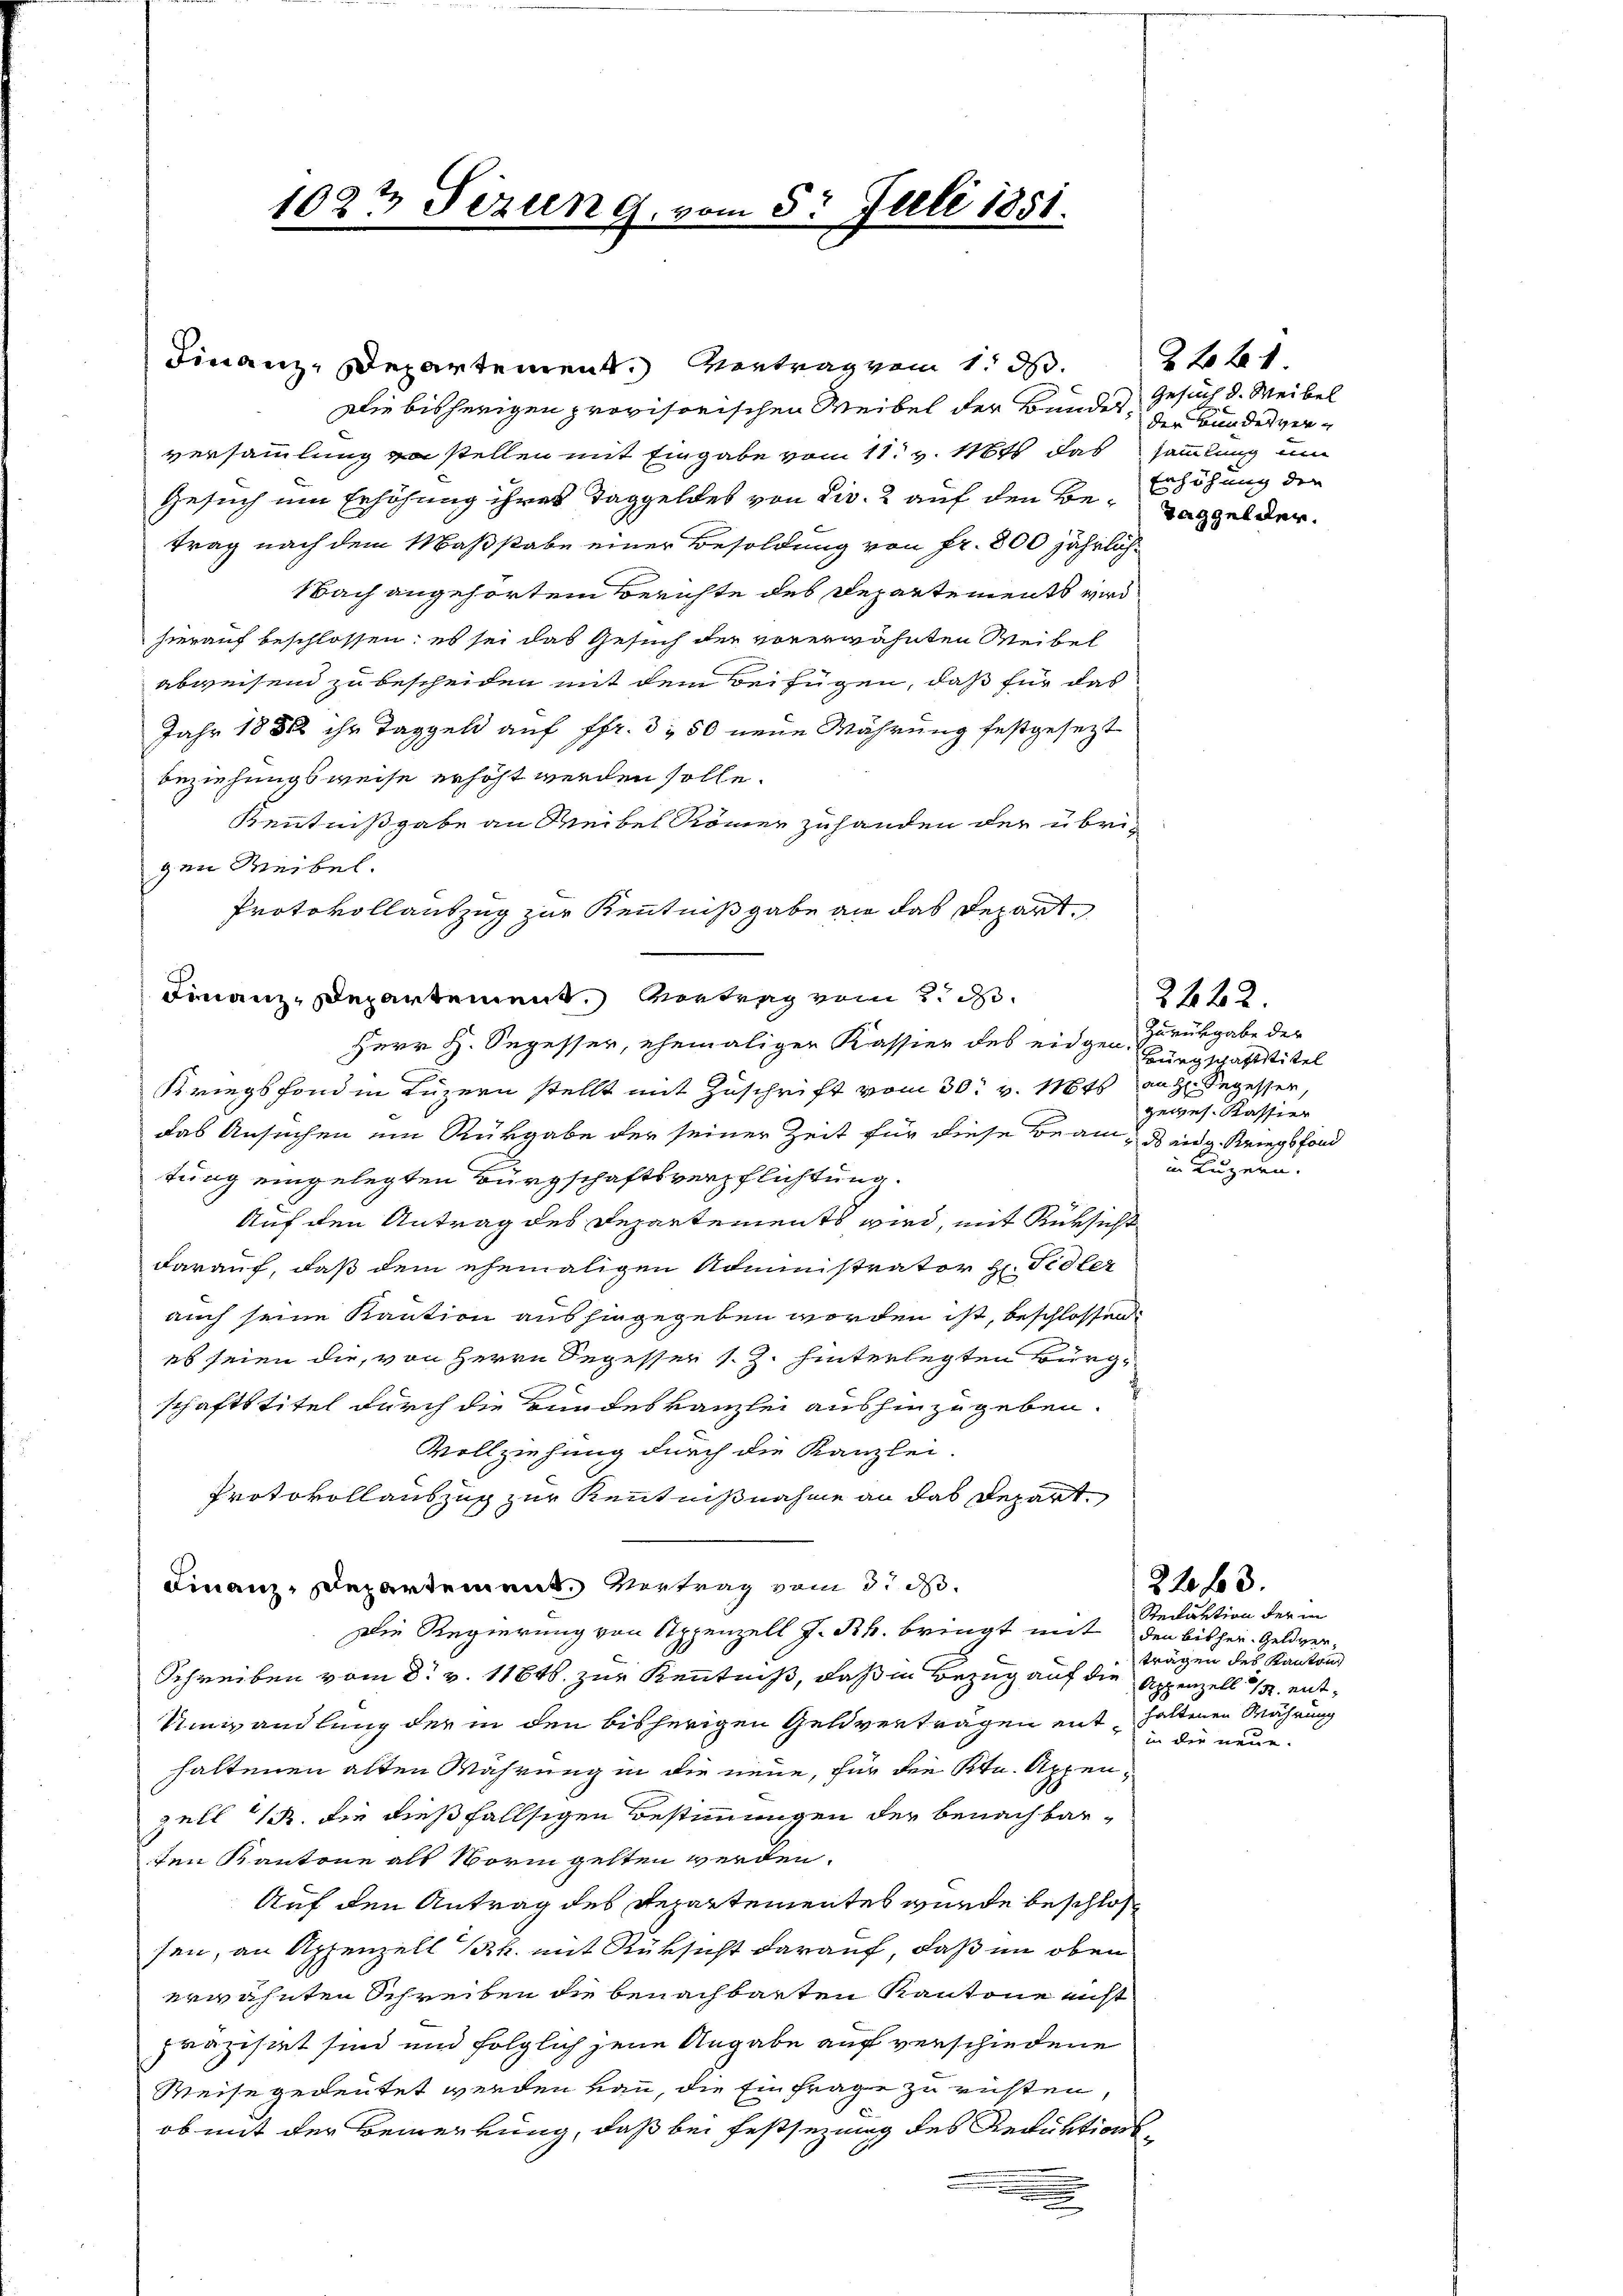
Die bisherigen provisorischen Weibel der Bundes, die Bundesverversammlung zu stellen mit Eingabe vom 11. v. 18t das sammlung um
Gesuch um Erhöhung ihres Taggeldes von die 2 auf den Be-Erhöhung der
trag nach dem Maßstabe einer Besoldung von Fr. 800 jährlich¬
Nach angehörtem Berichte des Departements wird
hierauf beschlossen: es sei das Gesuch der vorerwähnten Weibel
abweisend zu bescheiden mit dem Beifügen, daß für das
Jahr 1880 ihr Taggeld auf ffr. 350 neue Währung festgesezt
beziehungsweise erhöht werden solle.
Kenntnißgabe an Weibel Römer zuhanden der übrigen Weibel.
Protokollauszug zur Kenntnißgabe an das Depart.
Finanz-Departement. Vortrag vom 2. d.
Herr H. Segesser, ehemaliger Kassier des eidgen.
Kriegsfond in Luzern stellt mit Zuschrift vom 30. v. Mts. auch Segesser,
das Ansuchen ein Rükgabe der seiner Zeit für diese Beam- ds eidg. Kriegsfond
tung eingelegten Bürgschaftsverpflichtung.
Auf den Antrag des Departements wird, mit Rüksicht
darauf, daß dem ehemaligen Administrator H. Fidler
auch seine Kaution aushingegeben worden ist, beschlossen
es seien die, von Herrn Segesser s.Z. hinterlegten Bürgschaftstitel durch die Bundeskanzlei aushinzugeben.
Vollziehung durch die Kanzlei.
Protokollauszug zur Kenntnißnahme an das Repart
Finanz-Departement Vertrag vom 3. d.
Die Regierung von Appenzell J. Bh. bringt mit den bisher. Geldver¬
Schreiben vom 8. v. 1184. zur Kenntniß, daß in Bezug auf die Appenzell 14. ent¬
Umwandlung der in den bisherigen Geldverträgen enthaltenen Währung
haltenen alten Währung in die neue, für die Ktn. Appenzell 1. die dießfallsigen Bestimmungen der benachbarten Kantone als Norm gelten werden.
Auf den Antrag des Departementes wurde beschlossen, an Appenzell k. mit Rüksicht darauf, daß im oben
erwähnten Schreiben die benachbarten Kantone nicht
prazistet sind und folglich jene Angabe auf verschiedene
Weise gedeutet werden kann, die Einfrage zu rüsten,
h
ob mit der Bemerkung, daß bei Festsezung des Reduktions¬

1027 Fezung, vom 5. Juli 1851.

Finanz-Departement. Vertrag vom 1. d.

2 2 xx
Gesuch d. Weibel
Taggelder.

2422.
Zurückgabe der
Bürgschaftstitel
gewes. Kassier
in Luzern.

Reduktion der in
trägen des Kanton
in die neue.

22 f 3